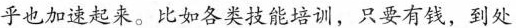
乎也加速起来。比如各类技能培训，只要有钱，到处